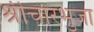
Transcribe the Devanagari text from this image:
श्रीचारभुजा